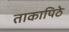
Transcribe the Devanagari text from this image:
ताकापिठे